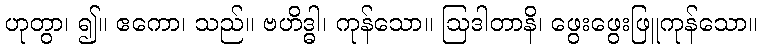
ဟုတွာ၊ ၍။ ဧကော၊ သည်။ ဗဟိဒ္ဓါ၊ ကုန်သော။ ဩဒါတာနိ၊ ဖွေးဖွေးဖြူကုန်သော။